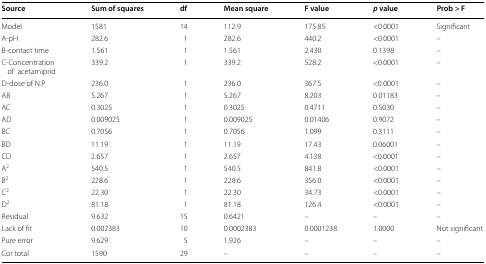
<table><thead><tr><td><b>Source</b></td><td><b>Sum of squares</b></td><td><b>df</b></td><td><b>Mean square</b></td><td><b>F value</b></td><td><b><i>p</i> value </b></td><td><b>Prob &gt; F</b></td></tr></thead><tbody><tr><td>Model</td><td>1581</td><td>14</td><td>112.9</td><td>175.85</td><td>&lt;0.0001 </td><td>Significant</td></tr><tr><td>A-pH</td><td>282.6</td><td>1</td><td>282.6</td><td>440.2</td><td>&lt;0.0001</td><td>–</td></tr><tr><td>B-contact time</td><td>1.561</td><td>1</td><td>1.561</td><td>2.430</td><td>0.1398</td><td>–</td></tr><tr><td>C-Concentration ofacetamiprid</td><td>339.2</td><td>1</td><td>339.2</td><td>528.2</td><td>&lt;0.0001</td><td>–</td></tr><tr><td>D-dose of N.P</td><td>236.0</td><td>1</td><td>236.0</td><td>367.5</td><td>&lt;0.0001</td><td>–</td></tr><tr><td>AB</td><td>5.267</td><td>1</td><td>5.267</td><td>8.203</td><td>0.01183</td><td>–</td></tr><tr><td>AC</td><td>0.3025</td><td>1</td><td>0.3025</td><td>0.4711</td><td>0.5030</td><td>–</td></tr><tr><td>AD</td><td>0.009025</td><td>1</td><td>0.009025</td><td>0.01406</td><td>0.9072</td><td>–</td></tr><tr><td>BC</td><td>0.7056</td><td>1</td><td>0.7056</td><td>1.099</td><td>0.3111</td><td>–</td></tr><tr><td>BD</td><td>11.19</td><td>1</td><td>11.19</td><td>17.43</td><td>0.06001</td><td>–</td></tr><tr><td>CD</td><td>2.657</td><td>1</td><td>2.657</td><td>4.138</td><td>&lt;0.0001</td><td>–</td></tr><tr><td>A<sup>2</sup></td><td>540.5</td><td>1</td><td>540.5</td><td>841.8</td><td>&lt;0.0001</td><td>–</td></tr><tr><td>B<sup>2</sup></td><td>228.6</td><td>1</td><td>228.6</td><td>356.0</td><td>&lt;0.0001</td><td>–</td></tr><tr><td>C<sup>2</sup></td><td>22.30</td><td>1</td><td>22.30</td><td>34.73</td><td>&lt;0.0001</td><td>–</td></tr><tr><td>D<sup>2</sup></td><td>81.18</td><td>1</td><td>81.18</td><td>126.4</td><td>&lt;0.0001</td><td>–</td></tr><tr><td>Residual</td><td>9.632</td><td>15</td><td>0.6421</td><td>–</td><td>–</td><td>–</td></tr><tr><td>Lack of fit</td><td>0.002383</td><td>10</td><td>0.0002383</td><td>0.0001238</td><td>1.0000 </td><td>Not significant</td></tr><tr><td>Pure error</td><td>9.629</td><td>5</td><td>1.926</td><td>–</td><td>–</td><td>–</td></tr><tr><td>Cor total</td><td>1590</td><td>29</td><td>–</td><td>–</td><td>–</td><td>–</td></tr></tbody></table>